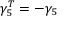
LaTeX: \gamma _ { 5 } ^ { T } = - \gamma _ { 5 }